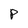
Character: p